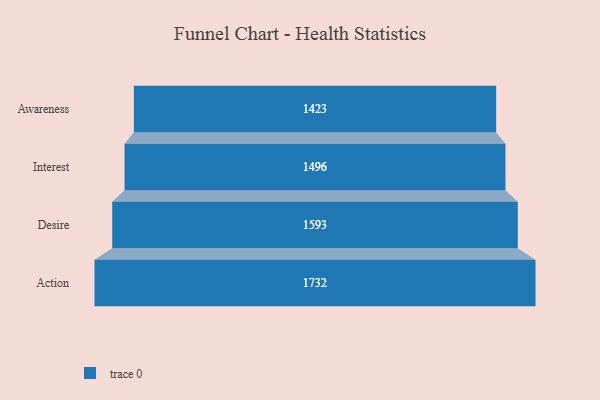
{"axis": {"x": "Stage", "y": "Value"}, "legend": [""], "data": [{"x": "Awareness", "y": 1423.0, "type": ""}, {"x": "Interest", "y": 1496.0, "type": ""}, {"x": "Desire", "y": 1593.0, "type": ""}, {"x": "Action", "y": 1732.0, "type": ""}]}